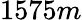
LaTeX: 1575m